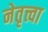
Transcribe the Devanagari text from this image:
नेतृत्त्वा